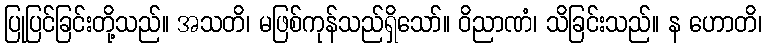
ပြုပြင်ခြင်းတို့သည်။ အသတိ၊ မဖြစ်ကုန်သည်ရှိသော်။ ဝိညာဏံ၊ သိခြင်းသည်။ န ဟောတိ၊